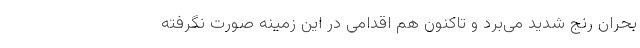
بحران رنج شدید می‌برد و تاکنون هم اقدامی در این زمینه صورت نگرفته